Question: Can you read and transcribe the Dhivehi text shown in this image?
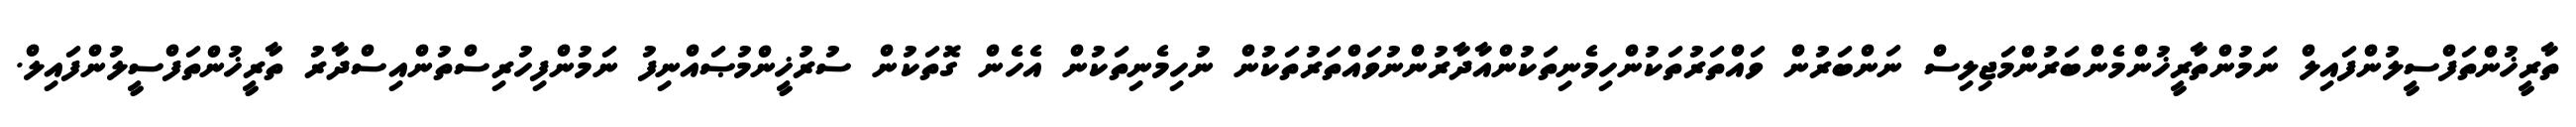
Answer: ތާރީޚުންތަފްސީލުންފައިލް ނަމުންތާރީޚުންމެންބަރުންމަޖިލިސް ނަންބަރުން ވައްތަރުތަކުންހިމެނިތަކުންއާދާރުންނުވައްތަރުތަކުން ނުހިމެނިތަކުން އެހެން ގޮތަކުން ސުރުޚީންމުޞައްނިފު ނަމުންފިހުރިސްތުންއިސްދާރު ތާރީޚުންތަފްސީލުންފައިލް.